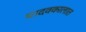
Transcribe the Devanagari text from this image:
यादवकालात